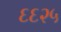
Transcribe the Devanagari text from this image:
६६२५